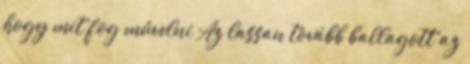
hogy mit fog művelni Az lassan tovább ballagott az